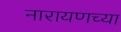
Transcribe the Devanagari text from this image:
नारायणच्या